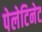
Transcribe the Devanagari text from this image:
पेलेटिनेट